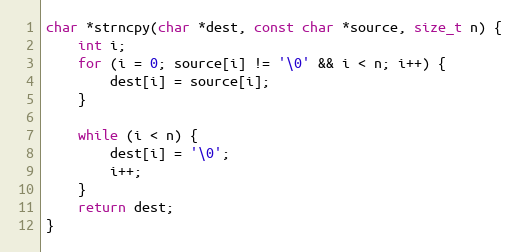
Language: C
char *strncpy(char *dest, const char *source, size_t n) {
    int i;
    for (i = 0; source[i] != '\0' && i < n; i++) {
        dest[i] = source[i];
    }

    while (i < n) {
        dest[i] = '\0';
        i++;
    }
    return dest;
}